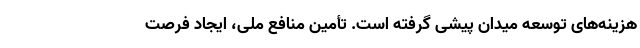
هزینه‌های توسعه میدان پیشی گرفته است. تأمین منافع ملی، ایجاد فرصت